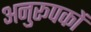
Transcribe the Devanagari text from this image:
अनुरूपकों